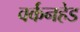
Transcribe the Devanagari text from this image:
वर्कनहेड